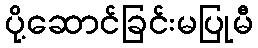
ပို့ဆောင်ခြင်းမပြုမီ